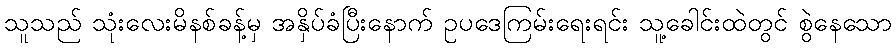
သူသည် သုံးလေးမိနစ်ခန့်မှ အနှိပ်ခံပြီးနောက် ဥပဒေကြမ်းရေးရင်း သူ့ခေါင်းထဲတွင် စွဲနေသော